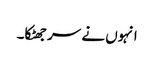
انہوں نے سر جھٹکا۔